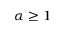
\alpha \ge 1